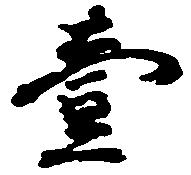
壱